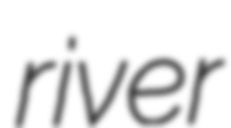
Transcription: river